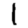
Digit: 1